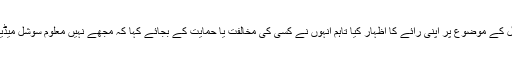
اداکارہ مہوش حیات نے بھی ارطغرل کے موضوع پر اپنی رائے کا اظہار کیا تاہم انہوں نے کسی کی مخالفت یا حمایت کے بجائے کہا کہ مجھے نہیں معلوم سوشل میڈیا پر کس بارے میں بحث ہورہی ہیں۔